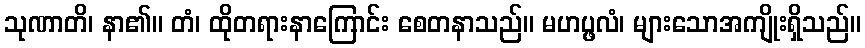
သုဏာတိ၊ နာ၏။ တံ၊ ထိုတရားနာကြောင်း စေတနာသည်။ မဟပ္ဖလံ၊ များသောအကျိုးရှိသည်။